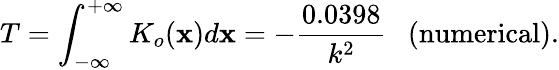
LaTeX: T=\int_{-\infty}^{+\infty}K_{o}(\mathbf{x})d\mathbf{x}=-\frac{{0.0398}}{{k^{2}}}\ \ \ \mathrm{{(numerical)}}.